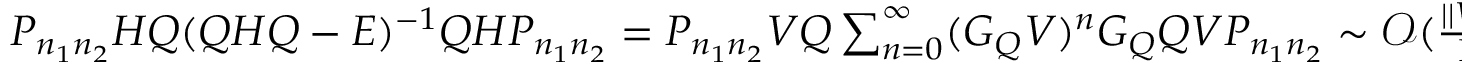
\begin{array} { r } { P _ { n _ { 1 } n _ { 2 } } H Q ( Q H Q - E ) ^ { - 1 } Q H P _ { n _ { 1 } n _ { 2 } } = P _ { n _ { 1 } n _ { 2 } } V Q \sum _ { n = 0 } ^ { \infty } ( G _ { Q } V ) ^ { n } G _ { Q } Q V P _ { n _ { 1 } n _ { 2 } } \sim \mathcal O ( \frac { | | V | | } { \Gamma } ) , } \end{array}